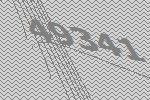
49341